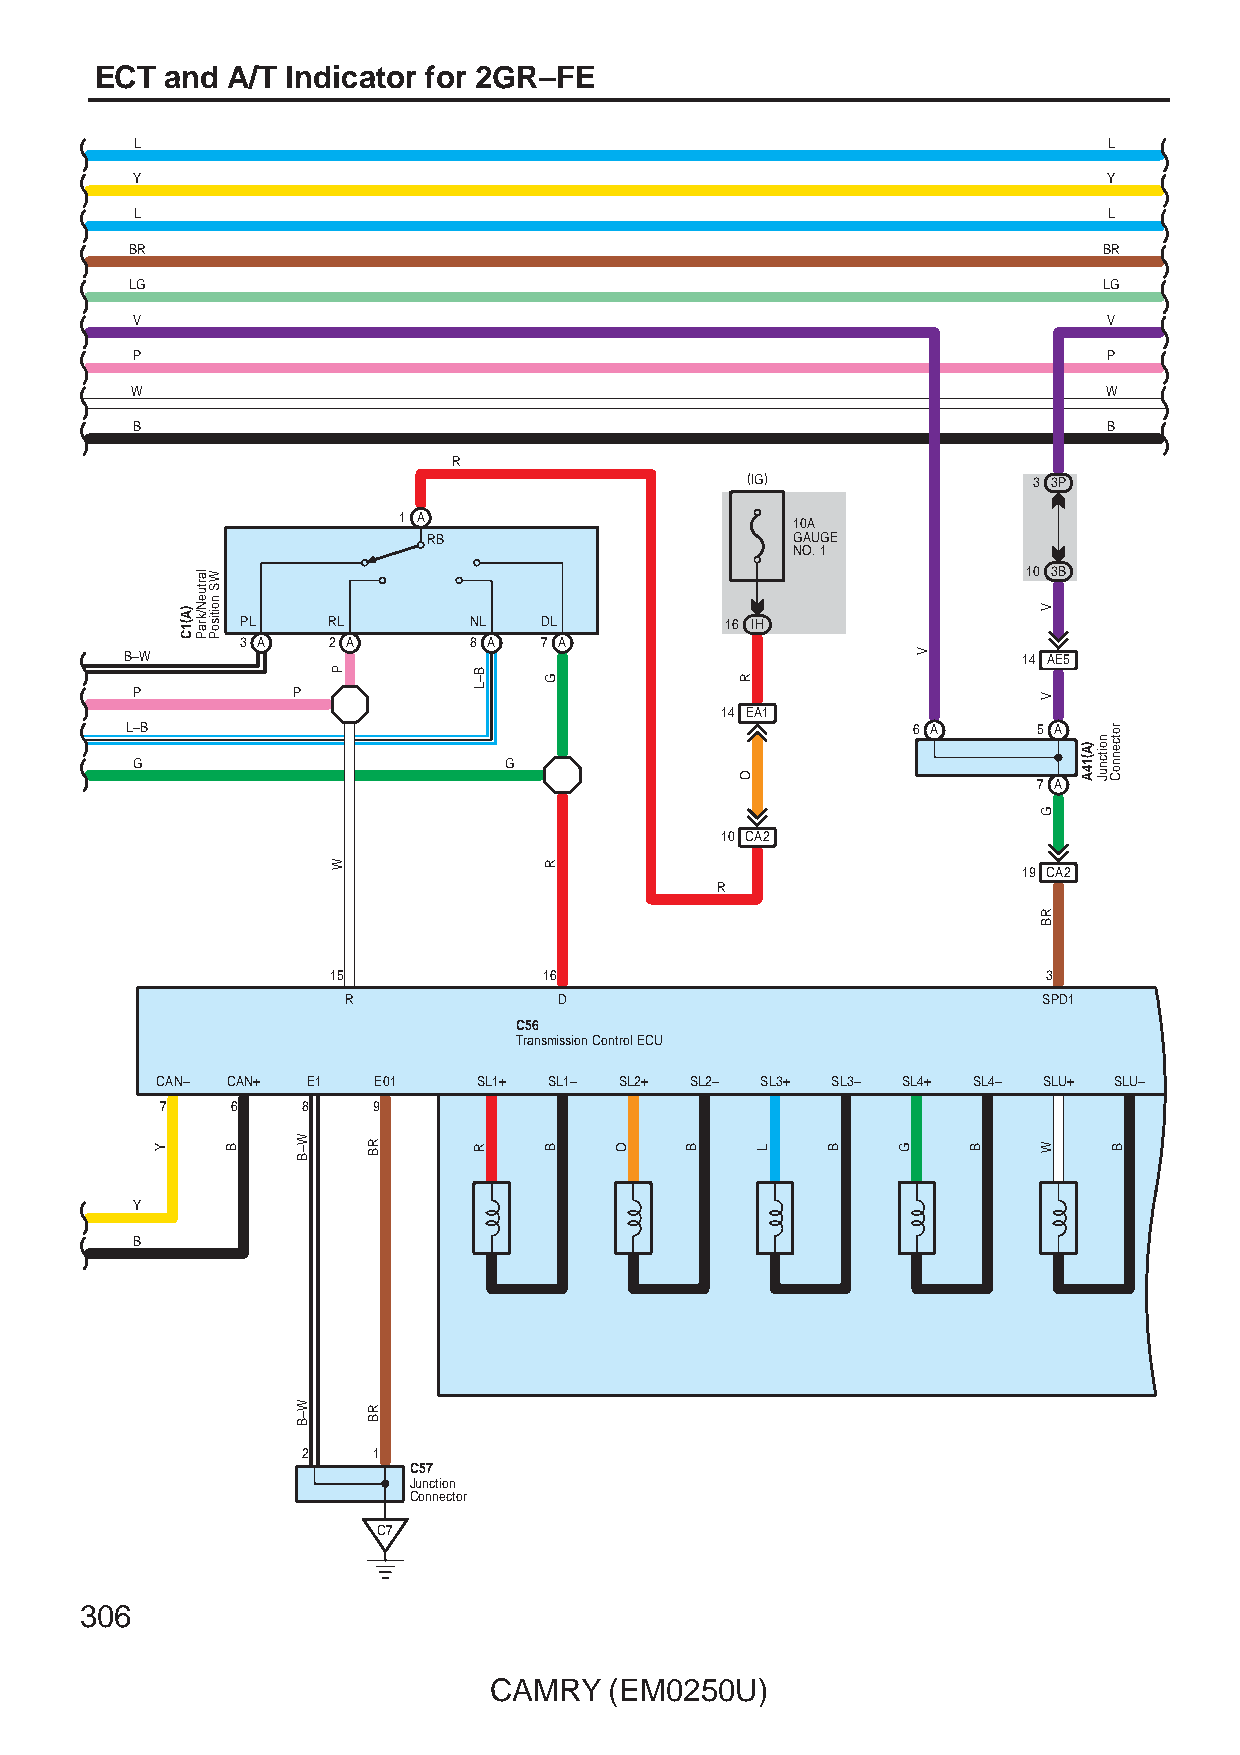
ECT  and A/T Indicator for 2GR–FE
 L                                                               L
 Y                                                               Y
 L                                                               L
 BR                                                              BR
 LG                                                              LG
 V                                                               V
 P                                                               P
 W                                                               W
 B                                                               B
 R
 (IG)               3 3P
 1 A
 10A
 RB                       GAUGE
 NO. 1
 10 3B
 PL    RL       NL   DL          16 IH
 3 A   2 A      8 A  7 A
 B–W                                                         14 AE5
 P         P
 14 EA1
 L–B                                                 6 A      5 A
 G                       G
 7 A
 10 CA2
 19 CA2
 R
 15            16                               3
 R             D                               SPD1
 C56
 Transmission Control ECU
 CAN– CAN+ E1   E01    SL1+ SL1– SL2+ SL2– SL3+ SL3– SL4+ SL4– SLU+ SLU–
 7   6    8    9
 Y
 B
 2    1
 C57
 Junction
 Connector
 C7
 306
 CAMRY   (EM0250U)
 Y
 )A(1C
 lartueN/kraP WS
 noitisoP
 B    W–B
 W–B
 P
 W
 RB
 RB
 B–L
 R
 G
 R
 B    O   B
 R
 O
 L    B   G
 V
 B
 V
 V
 G
 RB
 W
 )A(14A
 noitcnuJ
 rotcennoC
 B